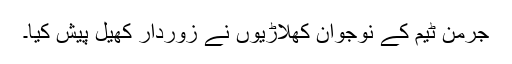
جرمن ٹیم کے نوجوان کھلاڑیوں نے زوردار کھیل پیش کیا۔